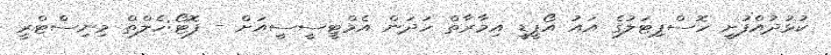
ކުޅުދުއްފުށީ ހޮސްޕިޓަލުގެ އައު އޯޕީޑީ އިމާރާތް ހަދަން އެމްޓީސީސީއަށް - ފޮޓޯ:ހެލްތް މިނިސްޓްރީ